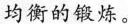
均衡的锻炼